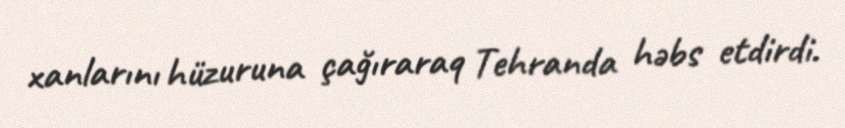
xanlarını hüzuruna çağıraraq Tehranda həbs etdirdi.